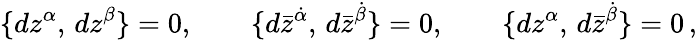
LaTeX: \{ dz^{\alpha},\, dz^{\beta}\} =0,\qquad\{ d\bar{z}^{\dot{\alpha}},\, d\bar{z}^{\dot{\beta}}\} =0,\qquad\{ dz^{\alpha},\, d\bar{z}^{\dot{\beta}}\} =0\, ,